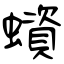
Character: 蠀